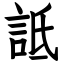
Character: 詆